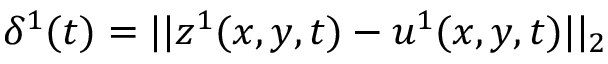
\delta ^ { 1 } ( t ) = | | z ^ { 1 } ( x , y , t ) - u ^ { 1 } ( x , y , t ) | | _ { 2 }